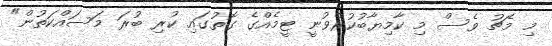
މި މެޗު ވެސް މި ކާމިޔާބުކުރެވުނީ ޓީމެއްގެ ގޮތުގައި ކުރި ބުރަ މަސައްކަތުން"